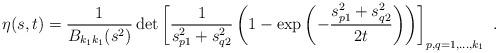
LaTeX: \begin{align*} \eta(s,t) = \frac{1}{B_{k_1k_1}(s^2)} \, {\rm det}\left[\frac{1}{s_{p1}^2+s_{q2}^2} \left(1-\exp\left(-\frac{s_{p1}^2+s_{q2}^2}{2t}\right) \right)\right]_{p,q=1,\ldots,k_1} \ .\end{align*}